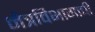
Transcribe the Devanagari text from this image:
नेत्रविभागाची